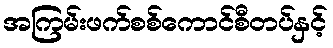
အကြမ်းဖက်စစ်ကောင်စီတပ်နှင့်